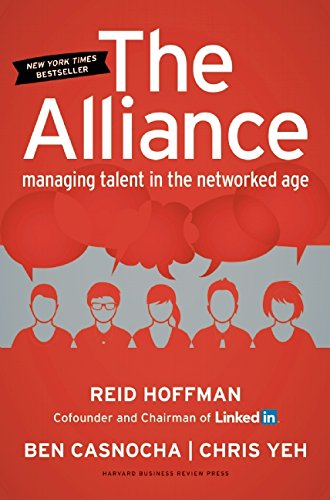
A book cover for The Alliance: Managing Talent in the Networked Age; Reid Hoffman; Business & Money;